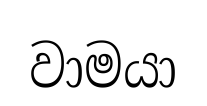
වාමයා